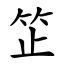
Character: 䇛